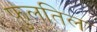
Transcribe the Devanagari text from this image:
फुलतिल